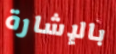
بالإشارة